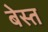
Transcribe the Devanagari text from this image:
बेस्त